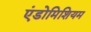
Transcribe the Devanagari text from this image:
एंडोमिशियम